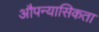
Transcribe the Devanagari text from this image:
औपन्यासिकता